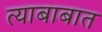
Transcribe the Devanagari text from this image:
त्याबाबात